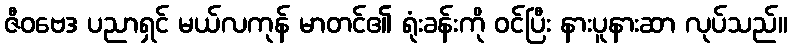
ဇီဝဗေဒ ပညာရှင် မယ်လကုန် မာတင်၏ ရုံးခန်းကို ဝင်ပြီး နားပူနားဆာ လုပ်သည်။